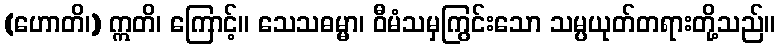
(ဟောတိ၊) ဣတိ၊ ကြောင့်။ သေသဓမ္မာ၊ ဝီမံသမှကြွင်းသော သမ္ပယုတ်တရားတို့သည်။